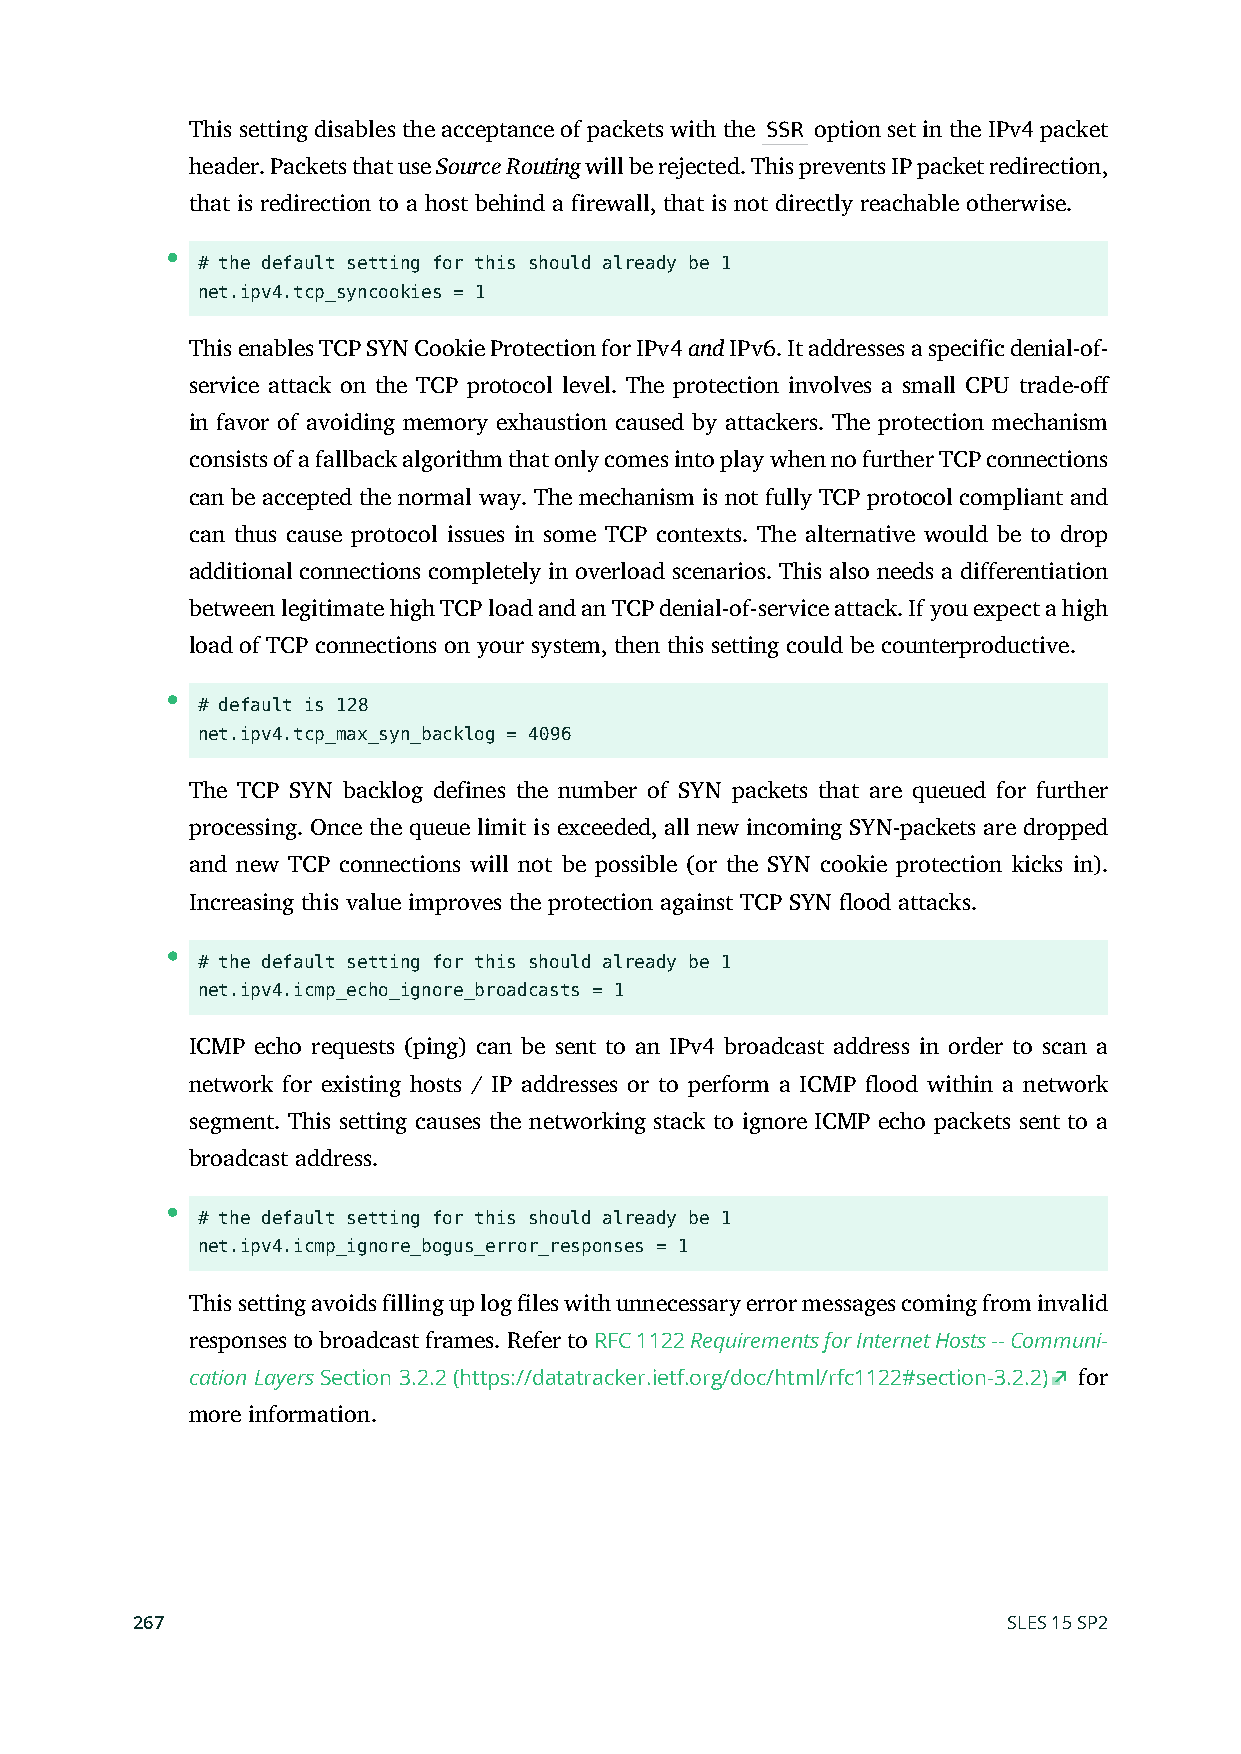
This setting disables the acceptance of packets with the SSR option set in the IPv4 packet
 header. Packets that use Source Routing will be rejected. This prevents IP packet redirection,
 that is redirection to a host behind a firewall, that is not directly reachable otherwise.
 # the default setting for this should already be 1
 net.ipv4.tcp_syncookies = 1
 This enables TCP SYN Cookie Protection for IPv4 and IPv6. It addresses a specific denial-of-
 service attack on the TCP protocol level. The protection involves a small CPU trade-o
 in favor of avoiding memory exhaustion caused by attackers. The protection mechanism
 consists of a fallback algorithm that only comes into play when no further TCP connections
 can be accepted the normal way. The mechanism is not fully TCP protocol compliant and
 can thus cause protocol issues in some TCP contexts. The alternative would be to drop
 additional connections completely in overload scenarios. This also needs a differentiation
 between legitimate high TCP load and an TCP denial-of-service attack. If you expect a high
 load of TCP connections on your system, then this setting could be counterproductive.
 # default is 128
 net.ipv4.tcp_max_syn_backlog = 4096
 The TCP SYN backlog defines the number of SYN packets that are queued for further
 processing. Once the queue limit is exceeded, all new incoming SYN-packets are dropped
 and new TCP connections will not be possible (or the SYN cookie protection kicks in).
 Increasing this value improves the protection against TCP SYN ood attacks.
 # the default setting for this should already be 1
 net.ipv4.icmp_echo_ignore_broadcasts = 1
 ICMP echo requests (ping) can be sent to an IPv4 broadcast address in order to scan a
 network for existing hosts / IP addresses or to perform a ICMP ood within a network
 segment. This setting causes the networking stack to ignore ICMP echo packets sent to a
 broadcast address.
 # the default setting for this should already be 1
 net.ipv4.icmp_ignore_bogus_error_responses = 1
 This setting avoids filling up log les with unnecessary error messages coming from invalid
 responses to broadcast frames. Refer to RFC 1122 Requirements for Internet Hosts -- Communi-
 cation Layers Section 3.2.2 (https://datatracker.ietf.org/doc/html/rfc1122#section-3.2.2) for
 more information.
 267                                                       SLES 15 SP2